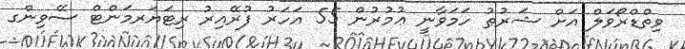
ވިތްޑްރޯވަލް އަށް ޝަރުޠު ހަމަވާނީ ޢުމުރުން 55 އަހަރު ފުރޭއިރު ރިޓަޔަރމަންޓް ސޭވިންގ